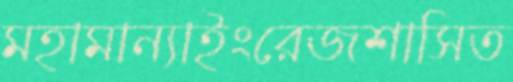
মহামান্যাইংরেজশাসিত